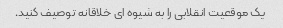
یک موقعیت انقلابی را به شیوه ای خلاقانه توصیف کنید.